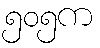
၅၀၅က